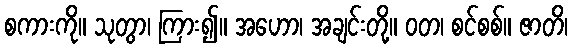
စကားကို။ သုတွာ၊ ကြား၍။ အဟော၊ အချင်းတို့။ ဝတ၊ စင်စစ်။ ဇာတိ၊